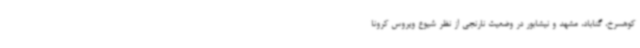
کوهسرخ، گناباد، مشهد و نیشابور در وضعیت نارنجی از نظر شیوع ویروس کرونا